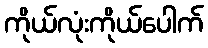
ကိုယ်လုံးကိုယ်ပေါက်